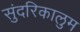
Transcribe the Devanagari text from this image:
सुंदरिकालुम